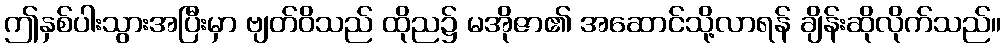
ဤနှစ်ပါးသွားအပြီးမှာ ဗျတ်ဝိသည် ထိုည၌ မအိုဇာ၏ အဆောင်သို့လာရန် ချိန်းဆိုလိုက်သည်။